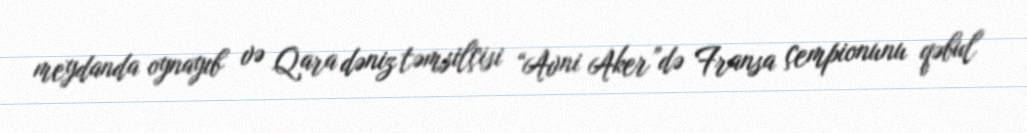
meydanda oynayıb və Qara dəniz təmsilçisi “Avni Aker”də Fransa çempionunu qəbul